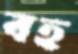
বহ